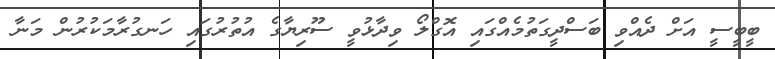
ބީބީސީ އަށް ދެއްވި ބަސްދީގަތުމެއްގައި އޮގްލޯ ވިދާޅުވީ ސޫރިޔާގެ އުތުރުގައި ހަނގުރާމަކުރުން މަނާ